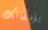
بإمكانك